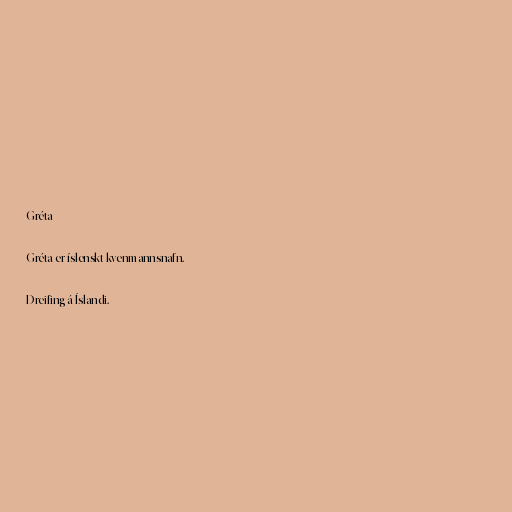
Gréta

Gréta er íslenskt kvenmannsnafn.

Dreifing á Íslandi.